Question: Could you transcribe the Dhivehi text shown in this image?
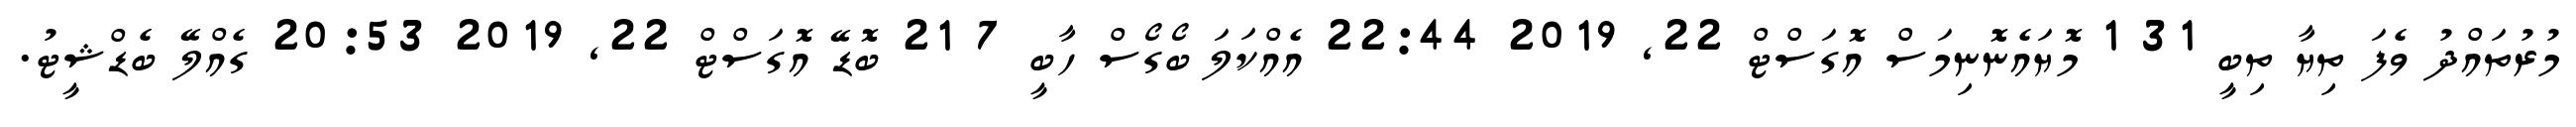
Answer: މުރުތައްދު ވެފަ ތިޔާ ތިބީ 31 1 މޮޔައެނޮނިމަސް އޮގަސްޓް 22, 2019 22:44 އެއްކަލަ ބޯގޯސް ހާބީ 7 21 ބޮޑޭ އޮގަސްޓް 22, 2019 20:53 ގެއްލޭ ބެޑްޝީޓު.